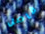
فاصل